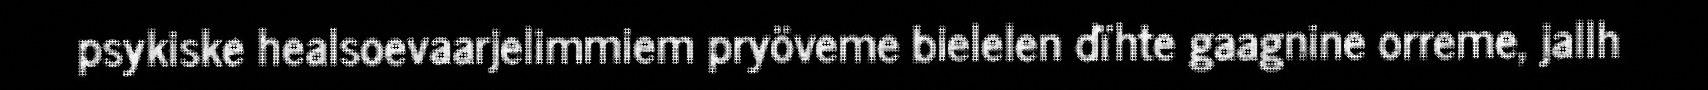
psykiske healsoevaarjelimmiem pryöveme bielelen dïhte gaagnine orreme, jallh